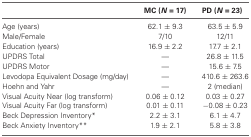
|  | MC (N = 17) | PD (N = 23) |
 | --- | --- | --- |
 | Age (years) | 62.1 ± 9.3 | 63.5 ± 5.9 |
 | Male/Female | 7/10 | 12/11 |
 | Education (years) | 16.9 ± 2.2 | 17.7 ± 2.1 |
 | UPDRS Total | — | 26.8 ± 11.5 |
 | UPDRS Motor | — | 15.6 ± 7.5 |
 | Levodopa Equivalent Dosage (mg/day) | — | 410.6 ± 263.6 |
 | Hoehn and Yahr | — | 2 (median) |
 | Visual Acuity Near (log transform) | 0.06 ± 0.12 | 0.03 ± 0.27 |
 | Visual Acuity Far (log transform) | 0.01 ± 0.11 | −0.08 ± 0.23 |
 | Beck Depression Inventory* | 2.2 ± 3.1 | 6.1 ± 4.7 |
 | Beck Anxiety Inventory** | 1.9 ± 2.1 | 5.8 ± 3.8 |